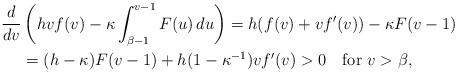
LaTeX: \begin{align*}\frac{d}{dv}&\left(hvf(v)-\kappa\int_{\beta-1}^{v-1}F(u)\,du\right)=h(f(v)+vf'(v))-\kappa F(v-1)\\&=(h-\kappa)F(v-1)+h(1-\kappa^{-1})vf'(v)>0\quad\mbox{for }v>\beta,\end{align*}